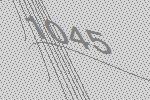
1045